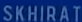
SKHIRAT